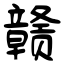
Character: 赣